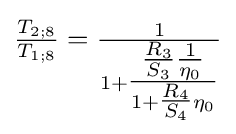
{\tfrac {T_{2;8}}{T_{1;8}}}={\tfrac {1}{1+{\tfrac {{\tfrac {R_{3}}{S_{3}}}{\tfrac {1}{\eta _{0}}}}{1+{\tfrac {R_{4}}{S_{4}}}\eta _{0}}}}}